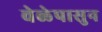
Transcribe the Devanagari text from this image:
वेळेपासुन